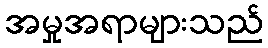
အမှုအရာများသည်